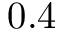
0 . 4